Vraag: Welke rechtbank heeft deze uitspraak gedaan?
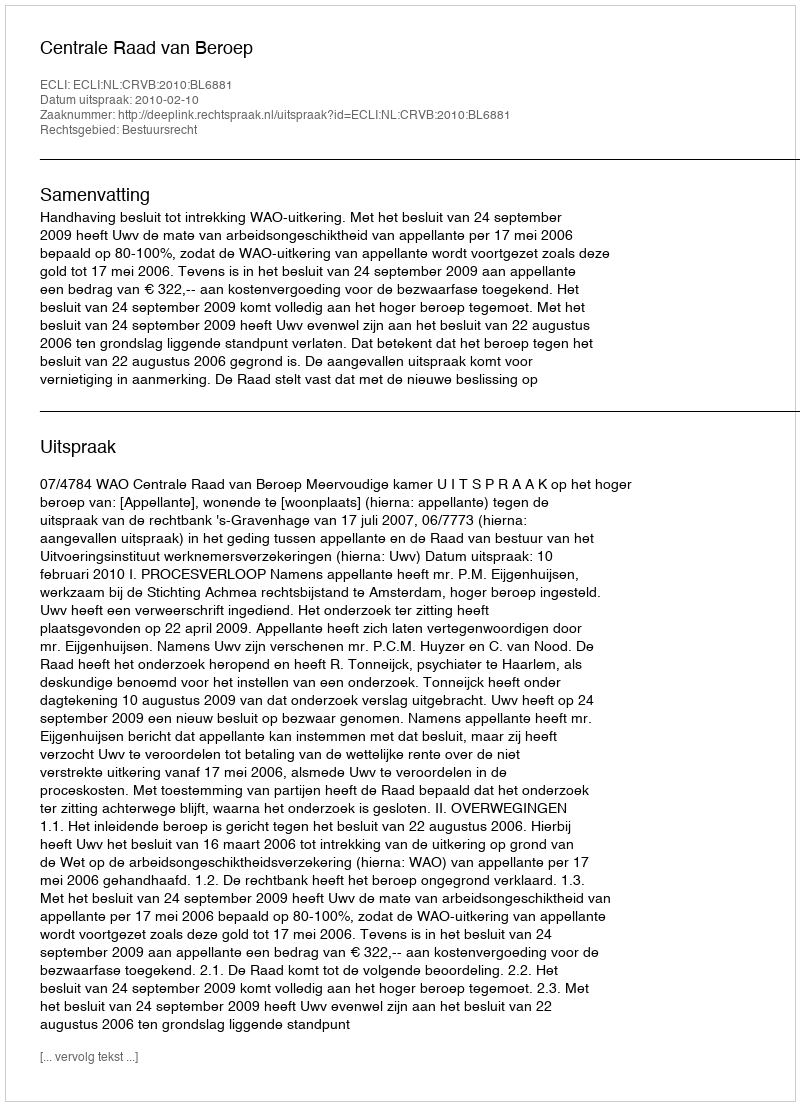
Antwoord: Centrale Raad van Beroep